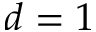
d = 1